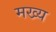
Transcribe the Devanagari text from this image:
मख्य